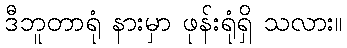
ဒီဘူတာရုံ နားမှာ ဖုန်းရုံရှိ သလား။